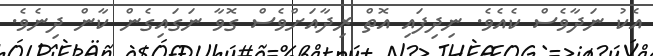
އެކު ނަދާވެސް ކެއެވެ. ނިދިފައި އޮތް ރިދާއަށްވެސް ގޮވާ ނަގައިގެން ކާން ދިނެވެ.